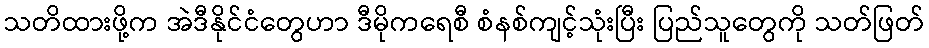
သတိထားဖို့က အဲဒီနိုင်ငံတွေဟာ ဒီမိုကရေစီ စံနစ်ကျင့်သုံးပြီး ပြည်သူတွေကို သတ်ဖြတ်